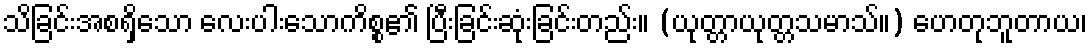
သိခြင်းအစရှိသော လေးပါးသောကိစ္စ၏ ပြီးခြင်းဆုံးခြင်းတည်း။ (ယုတ္တာယုတ္တသမာသ်။) ဟေတုဘူတာယ၊